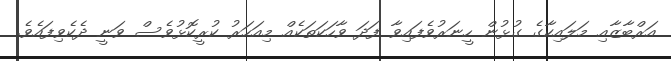
އަރްބާޒާއި މަލައިކާގެ ގުޅުން ހީނަރުވެފައިވާ ފަދަ ވާހަކަތަކެއް މިއަހަރު ކުރީކޮޅުވެސް ވަނީ ދެކެވިފައެވެ.